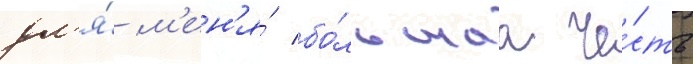
дл'я́ м'ен'я́ бо́льшаа че́сть